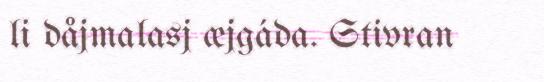
li dåjmalasj æjgáda. Stivran